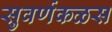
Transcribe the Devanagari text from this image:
सुवर्णकळस